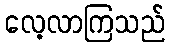
လေ့လာကြသည်